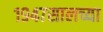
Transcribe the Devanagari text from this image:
१९४७सालच्या